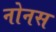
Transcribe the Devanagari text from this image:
नोनस